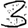
Digit: 3